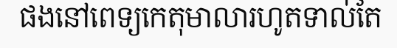
ផងនៅពេទ្យកេតុមាលារហូតទាល់តែ